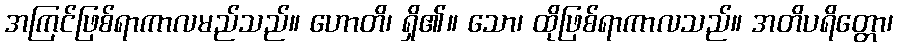
အကြင်ဖြစ်ရာကာလမည်သည်။ ဟောတိ၊ ရှိ၏။ သော၊ ထိုဖြစ်ရာကာလသည်။ အတိပရိတ္တော၊